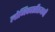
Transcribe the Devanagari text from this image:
लोजिकासीएमजी